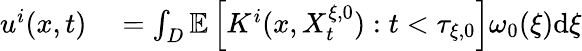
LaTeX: \begin{array}{rl}{u^{i}(x,t)}&{{}=\int_{D}\mathbb{E}\left[K^{i}(x,X_{t}^{\xi,0}):t<\tau_{\xi,0}\right]\omega_{0}(\xi)\textrm{d}\xi}\end{array}